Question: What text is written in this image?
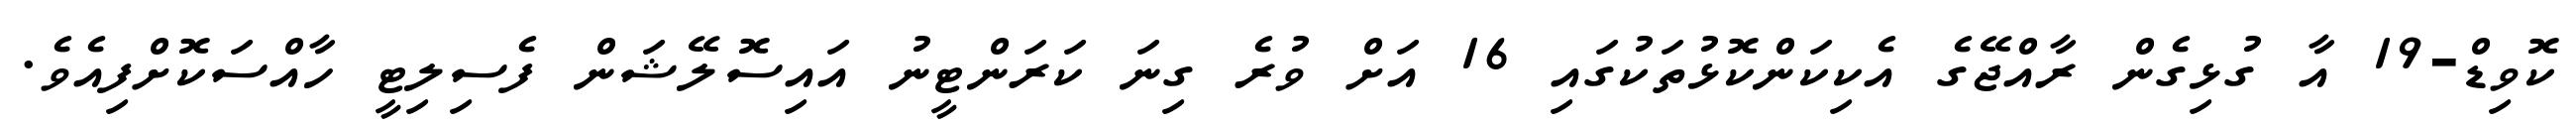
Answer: ކޮވިޑް-19 އާ ގުޅިގެން ރާއްޖޭގެ އެކިކަންކޮޅުތަކުގައި 16 އަށް ވުރެ ގިނަ ކަރަންޓީނު އައިސޮލޭޝަން ފެސިލިޓީ ހާއްސަކޮށްފިއެވެ.